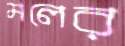
মলের